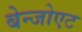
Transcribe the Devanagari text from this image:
बेन्जोएट